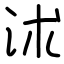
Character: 沭